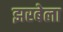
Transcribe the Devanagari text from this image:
झरबेला